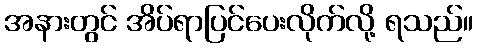
အနားတွင် အိပ်ရာပြင်ပေးလိုက်လို့ ရသည်။